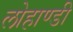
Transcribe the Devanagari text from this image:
लोहाण्डी